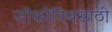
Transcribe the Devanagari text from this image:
जोकोविचसाठी